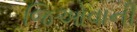
જિઓવાની